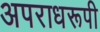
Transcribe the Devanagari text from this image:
अपराधरूपी